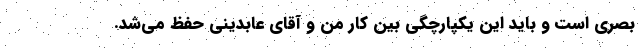
بصری است و باید این یکپارچگی بین کار من و آقای عابدینی حفظ می‌شد.